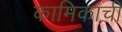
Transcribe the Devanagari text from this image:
कामिकाची